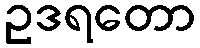
ဥဒရတော